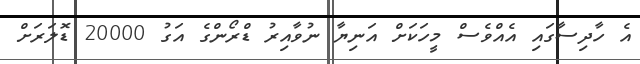
އެ ހާދިސާގައި އެއްވެސް މީހަކަށް އަނިޔާ ނުވާއިރު ޑްރޯންގެ އަގު 20000 ޑޮލަރަށް